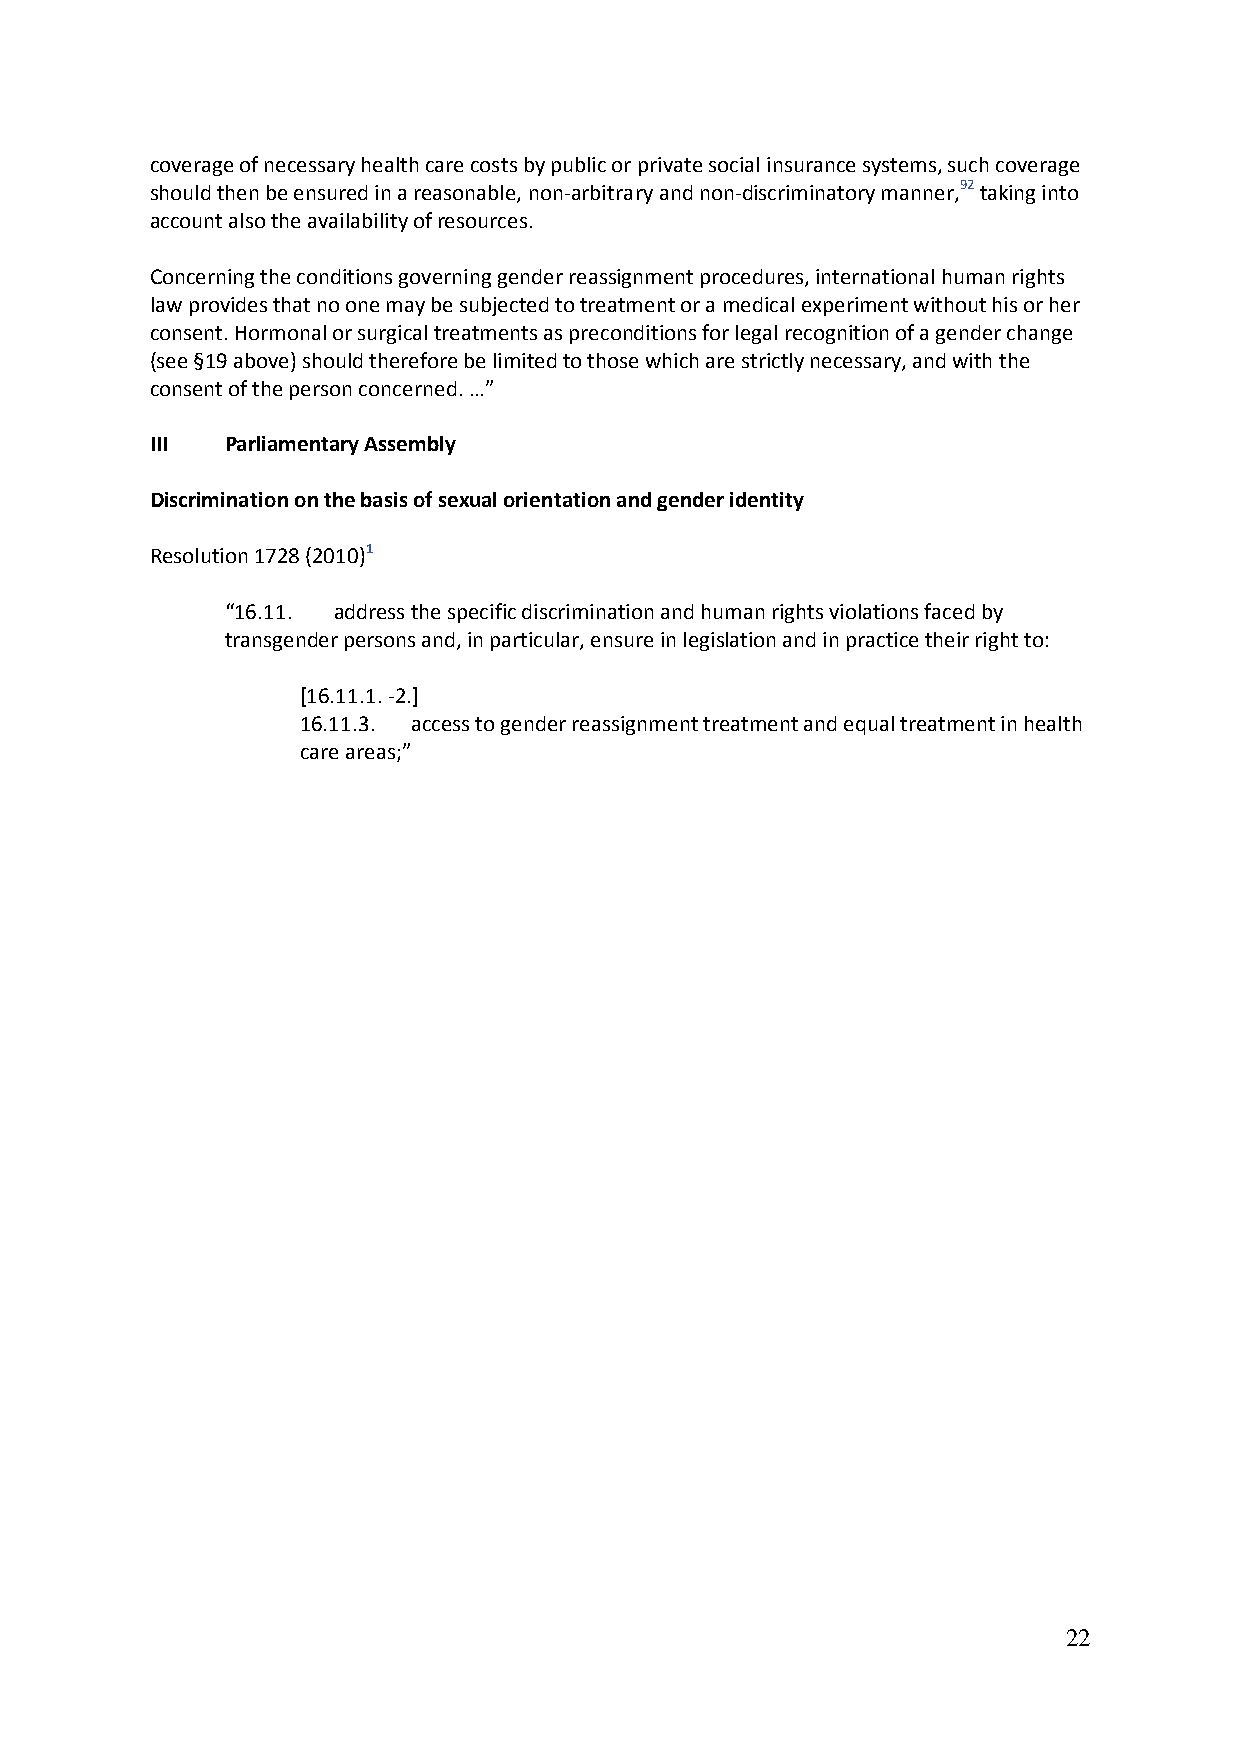
coverage of necessary health care costs by public or private social insurance systems, such coverage
 should then be ensured in a reasonable, non-arbitrary and non-discriminatory manner,92 taking into
 account also the availability of resources.
 Concerning the conditions governing gender reassignment procedures, international human rights
 law provides that no one may be subjected to treatment or a medical experiment without his or her
 consent. Hormonal or surgical treatments as preconditions for legal recognition of a gender change
 (see §19 above) should therefore be limited to those which are strictly necessary, and with the
 consent of the person concerned. …”
 III  Parliamentary Assembly
 Discrimination on the basis of sexual orientation and gender identity
 Resolution 1728 (2010)1
 “16.11. address the specific discrimination and human rights violations faced by
 transgender persons and, in particular, ensure in legislation and in practice their right to:
 [16.11.1. -2.]
 16.11.3. access to gender reassignment treatment and equal treatment in health
 care areas;”
 22